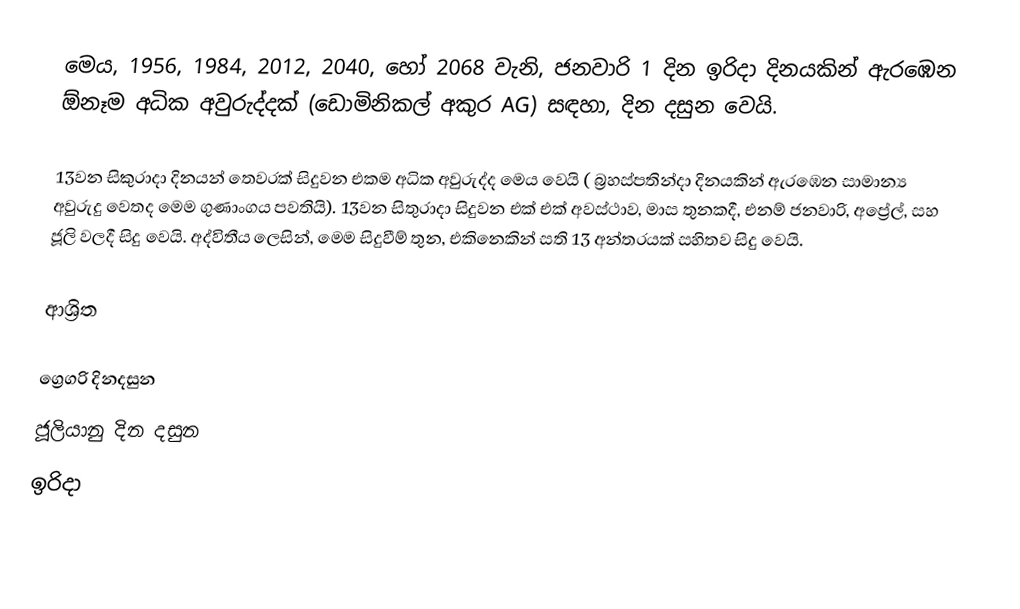
මෙය, 1956, 1984, 2012, 2040, හෝ 2068 වැනි, ජනවාරි 1 දින ඉරිදා දිනයකින් ඇරඹෙන ඕනෑම  අධික අවුරුද්දක්  (ඩොමිනිකල් අකුර AG) සඳහා,  දින දසුන වෙයි.

13වන සිකුරාදා දිනයන් තෙවරක් සිදුවන එකම අධික අවුරුද්ද මෙය වෙයි ( බ්‍රහස්පතින්දා දිනයකින් ඇරඹෙන සාමාන්‍ය අවුරුදු වෙතද මෙම ගුණාංගය පවතියි). 13වන සිතුරාදා සිදුවන එක් එක් අවස්ථාව, මාස තුනකදී, එනම් ජනවාරි, අප්‍රේල්, සහ ජූලි වලදී සිදු වෙයි. අද්විතීය ලෙසින්, මෙම සිදුවීම් තුන, එකිනෙකින් සති 13 අන්තරයක් සහිතව සිදු වෙයි.

ආශ්‍රිත

ග්‍රෙගරි දිනදසුන
ජූලියානු දින දසුන
ඉරිදා